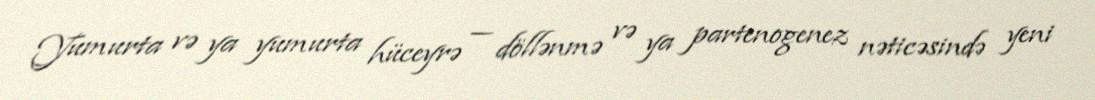
Yumurta və ya yumurta hüceyrə — döllənmə və ya partenogenez nəticəsində yeni